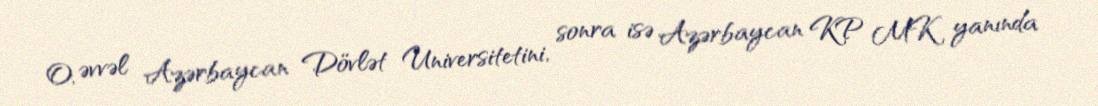
O, əvvəl Azərbaycan Dövlət Universitetini, sonra isə Azərbaycan KP MK yanında